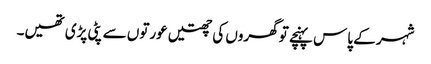
شہر کے پاس پہنچے تو گھروں کی چھتیں عورتوں سے پٹی پڑی تھیں۔